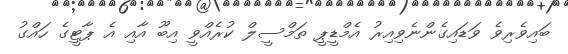
ބައިވެރިވެ ވަޑައިގެންނެވިއިރު އެމްޑީޕީ ތަމްސީލް ކުރެއްވީ އިބޫ އާއި އެ ޕާޓީގެ ހައްގު